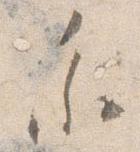
参